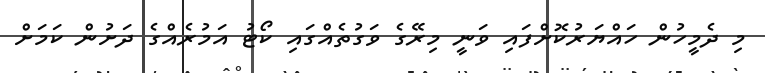
މި ދެމީހުން ހައްޔަރުކޮށްފައި ވަނީ މިރޭގެ ވަގުތެއްގައި ކޯޓު އަމުރެއްގެ ދަށުން ކަމަށް